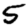
Digit: 5